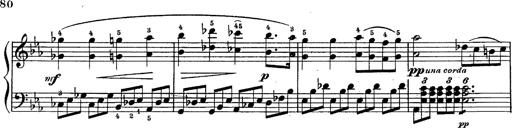
Title: Schubert's Impromptus [revised and edited by Franz Liszt]
Composer: Franz Liszt